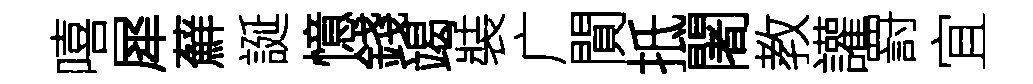
嘻犀蘚誕憶錢竭裝广閴抵闍教讙罸宜